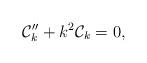
LaTeX: \begin{align*}{\cal C}_{k} '' + k^2 {\cal C}_{k} =0,\end{align*}